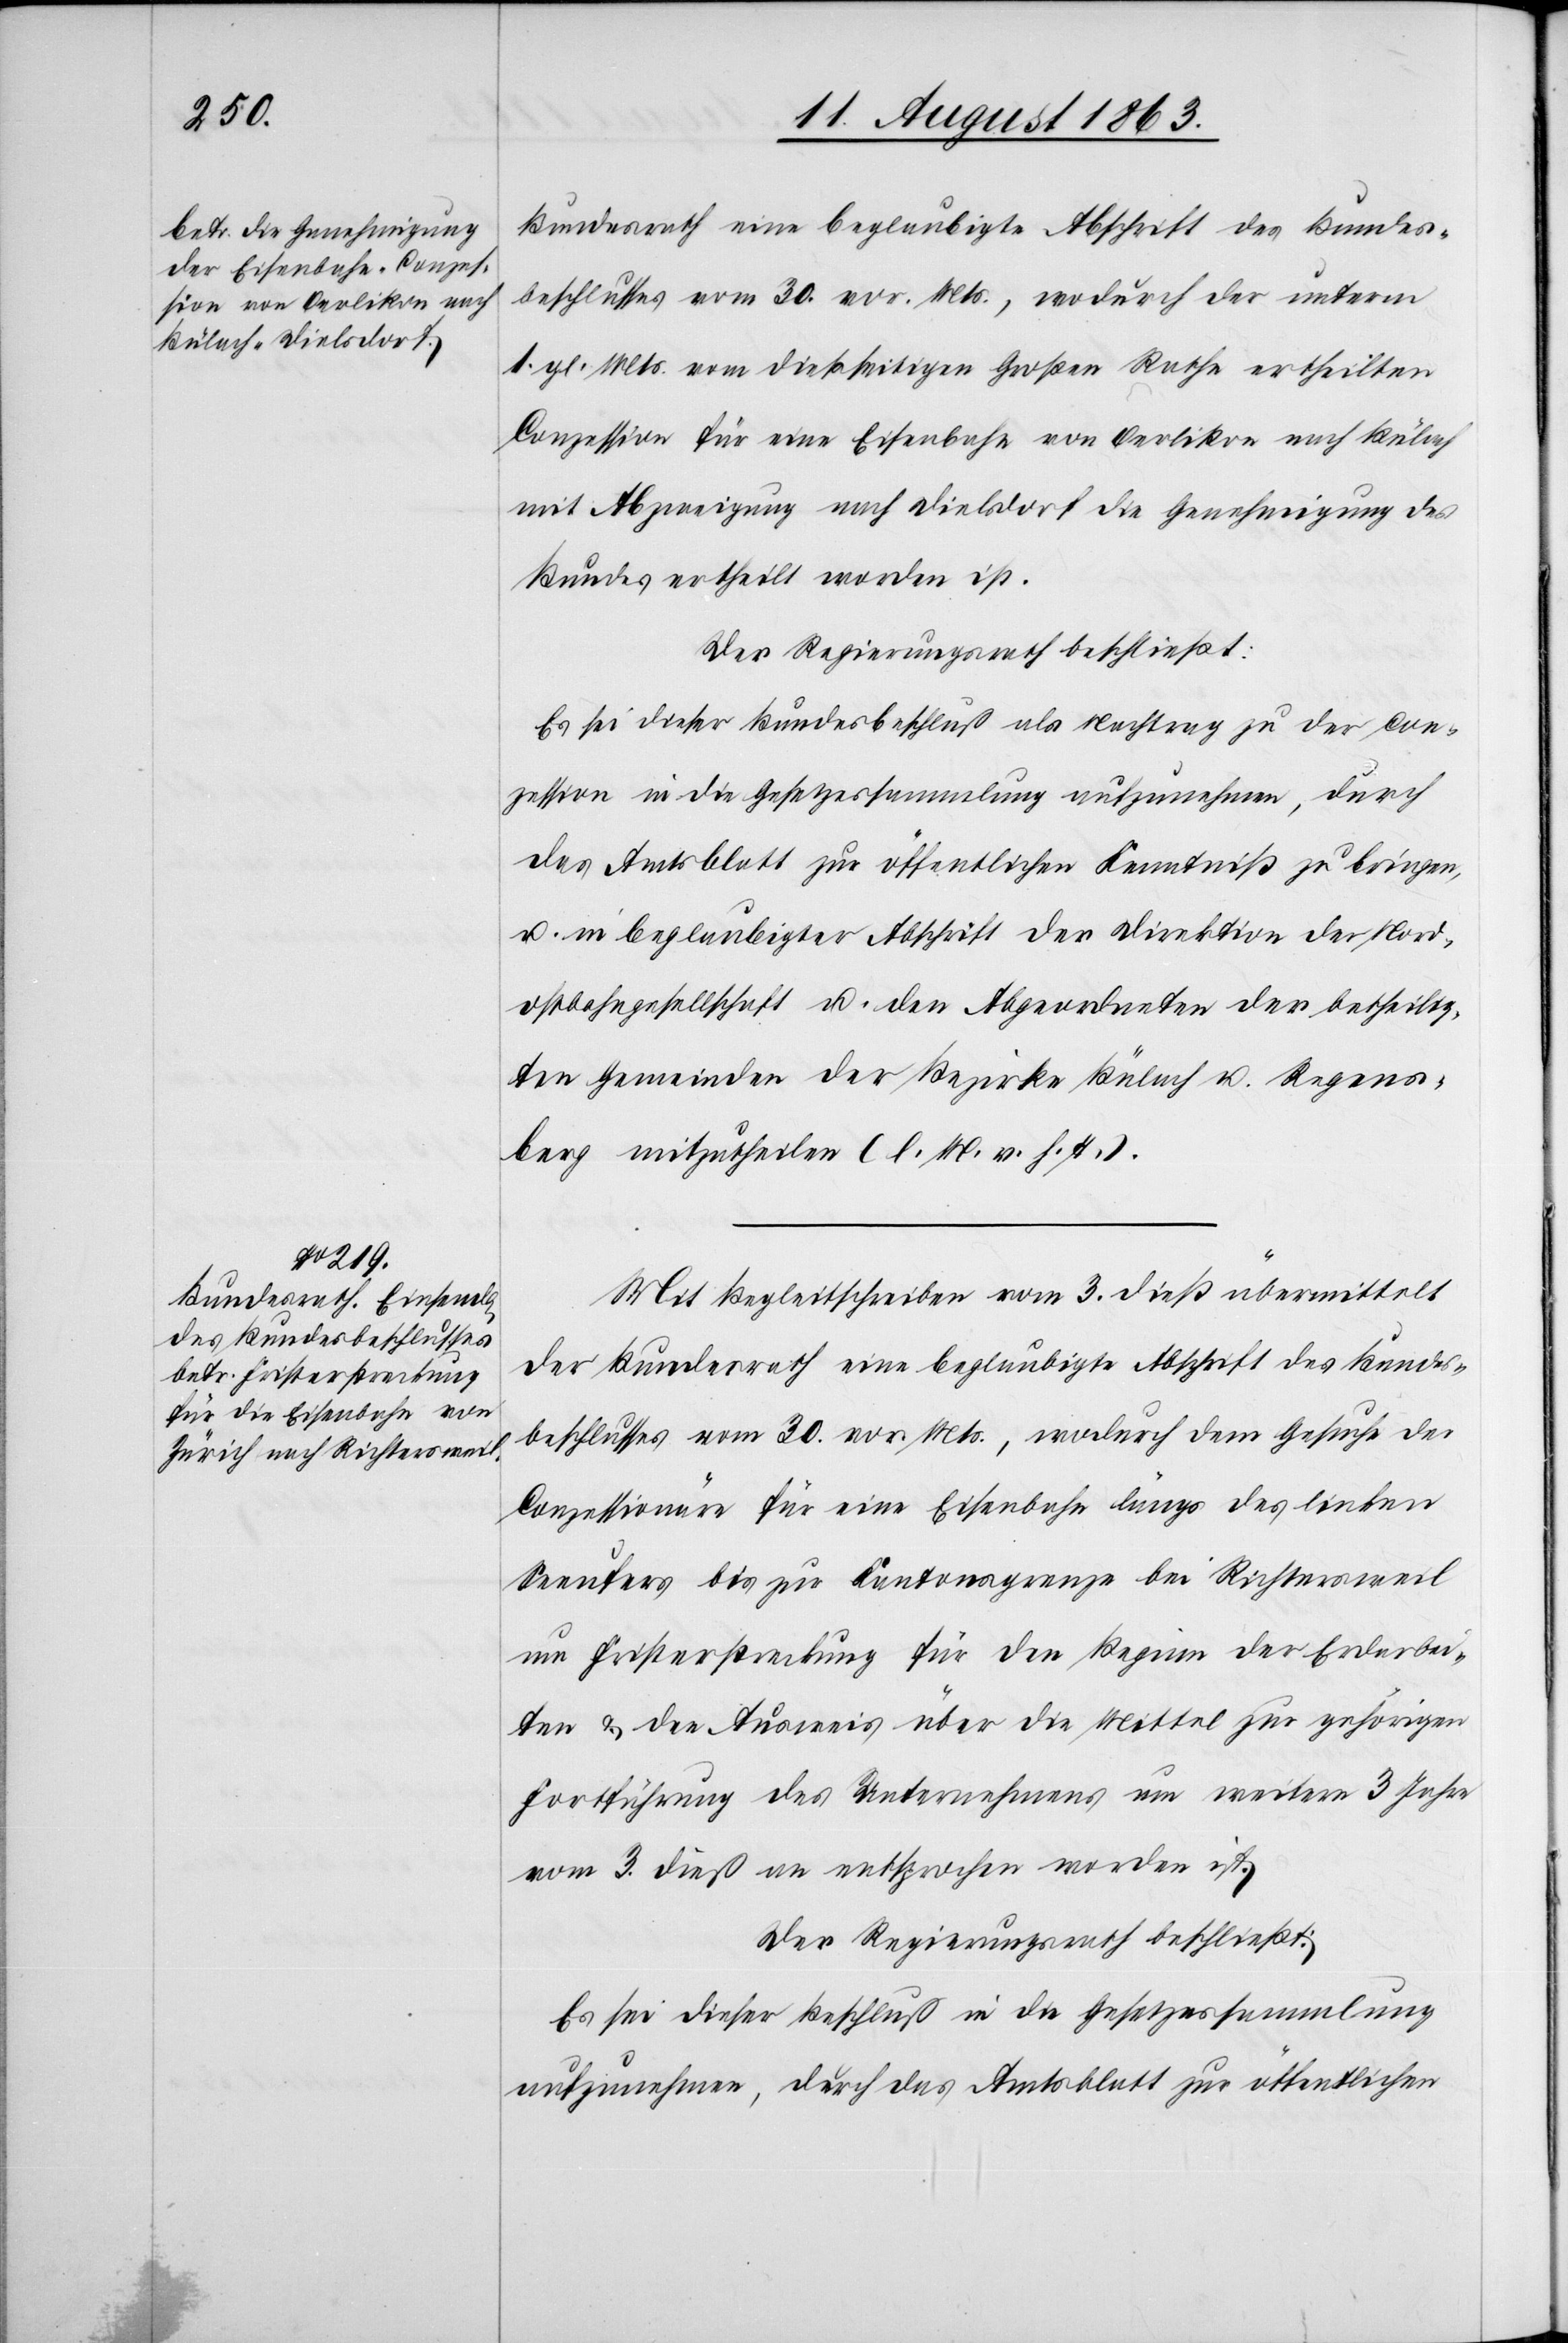
Bundesrath eine beglaubigte Abschrift des Bundes¬
beschlusses vom 30. vor. Mts., wodurch der unterm
1. gl. Mts. vom dießseitigen Großen Rathe ertheilten
Conzession für eine Eisenbahn von Oerlikon nach Bülach
mit Abzweigung nach Dielsdorf die Genehmigung des
Bundes ertheilt worden ist.
Der Regierungsrath beschließt:
Es sei dieser Bundesbeschluß als Nachtrag zu der Con¬
zession in die Gesetzessammlung aufzunehmen, durch
das Amtsblatt zur öffentlichen Kenntniß zu bringen,
u. in beglaubigter Abschrift der Direktion der Nord¬
ostbahngesellschaft u. den Abgeordneten der betheilig¬
ten Gemeinden der Bezirke Bülach u. Regens¬
berg mitzutheilen (l. M. v. h. T.).
Mit Begleitschreiben vom 3. dieß übermittelt
der Bundesrath eine beglaubigte Abschrift des Bundes¬
beschlusses vom 30. vor. Mts., wodurch dem Gesuche der
Conzessionäre für eine Eisenbahn längs des linken
Seeufers bis zur Kantonsgrenze bei Richtersweil
um Fristerstreckung für den Beginn der Erdarbei¬
ten & den Ausweis über die Mittel zur gehörigen
Fortführung des Unternehmens um weitere 3 Jahre
vom 3. dieß an entsprochen worden ist.
Der Regierungsrath beschließt:
Es sei dieser Beschluß in die Gesetzessammlung
aufzunehmen, durch das Amtsblatt zur öffentlichen